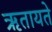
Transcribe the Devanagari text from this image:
ऋतायते